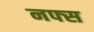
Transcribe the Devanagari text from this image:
नफ्स